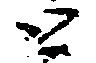
と